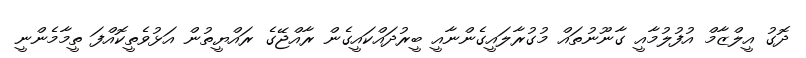
ދޮގު އީލްޒާމް އުފުލުމާއީ ގާނޫނުތައް މުގުރާލައީގެންނާއީ ބީރުދައްކައީގެން ރާއްޖޭގެ ރައްޔީތުން އަޅުވެތީކޮއްފަ ތީމާމެންނީ